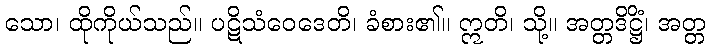
သော၊ ထိုကိုယ်သည်။ ပဋိသံဝေဒေတိ၊ ခံစား၏။ ဣတိ၊ သို့။ အတ္တဒိဋ္ဌိံ၊ အတ္တ